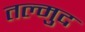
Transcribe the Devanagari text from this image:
तल्मुद